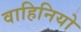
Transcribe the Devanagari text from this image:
वाहिनियो